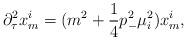
LaTeX: \begin{align*}\partial_\tau^2 x^i_m = (m^2 + \frac{1}{4}p_-^2 \mu^2_i) x^i_m,\end{align*}